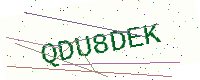
Text: QDU8DEK